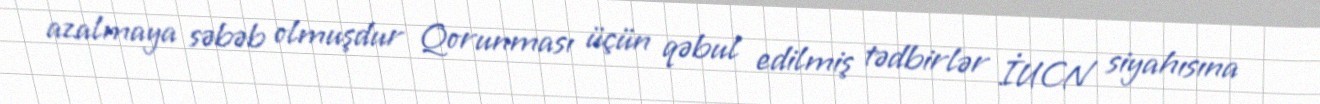
azalmaya səbəb olmuşdur Qorunması üçün qəbul edilmiş tədbirlər İUCN siyahısına